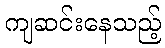
ကျဆင်းနေသည့်